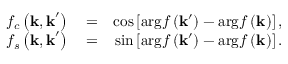
\begin{array} { r l r } { f _ { c } \left( \mathbf { k , k } ^ { \prime } \right) } & { { } = } & { \cos \left[ \mathrm { a r g } f \left( \mathbf { k } ^ { \prime } \right) - \mathrm { a r g } f \left( \mathbf { k } \right) \right] , } \\ { f _ { s } \left( \mathbf { k , k } ^ { \prime } \right) } & { { } = } & { \sin \left[ \mathrm { a r g } f \left( \mathbf { k } ^ { \prime } \right) - \mathrm { a r g } f \left( \mathbf { k } \right) \right] . } \end{array}